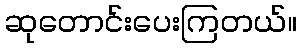
ဆုတောင်းပေးကြတယ်။